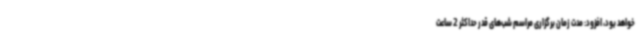
خواهد بود، افزود: مدت زمان برگزاری مراسم شب‌های قدر حداکثر 2 ساعت